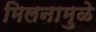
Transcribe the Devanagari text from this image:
मिलनामुळे